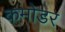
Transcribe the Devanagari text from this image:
कमोडर